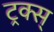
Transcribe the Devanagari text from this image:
ट्रक्स्